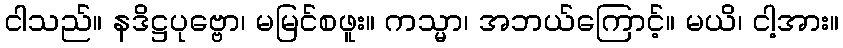
ငါသည်။ နဒိဋ္ဌပုဗ္ဗော၊ မမြင်စဖူး။ ကသ္မာ၊ အဘယ်ကြောင့်။ မယိ၊ ငါ့အား။